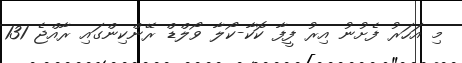
މި އަހަރު ފެށުނު އިރު ފީފާ ކޮކާ-ކޯލާ ވޯލްޑް ރޭންކިންގައި ރާއްޖެ 131